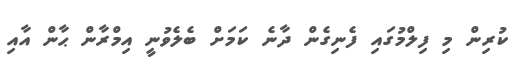
ކުރިން މި ފިލްމުގައި ފެނިގެން ދާނެ ކަމަށް ބެލެވުނީ އިމްރާން ޙާން އާއި